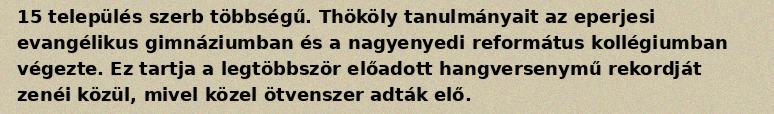
15 település szerb többségű. Thököly tanulmányait az eperjesi evangélikus gimnáziumban és a nagyenyedi református kollégiumban végezte. Ez tartja a legtöbbször előadott hangversenymű rekordját zenéi közül, mivel közel ötvenszer adták elő.